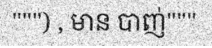
""") , មាន បាញ់"""